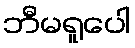
ဘီမရူပေါ